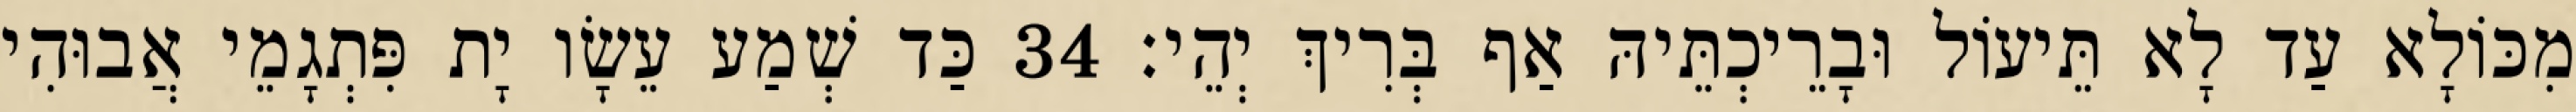
מִכּוֹלָא עַד לָא תֵּיעוֹל וּבָרֵיכְתֵּיהּ אַף בְּרִיךְ יְהֵי׃ 34 כַּד שְׁמַע עֵשָׂו יָת פִּתְגָמֵי אֲבוּהִי